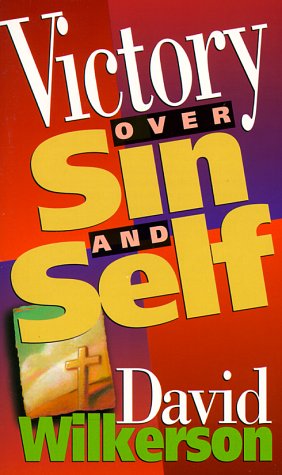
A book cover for Victory Over Sin and Self; David R. Wilkerson; Christian Books & Bibles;